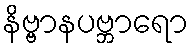
နိဗ္ဗာနပဗ္ဘာရော